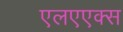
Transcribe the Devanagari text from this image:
एलएएक्स